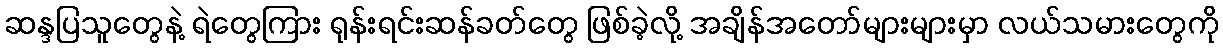
ဆန္ဒပြသူတွေနဲ့ ရဲတွေကြား ရုန်းရင်းဆန်ခတ်တွေ ဖြစ်ခဲ့လို့ အချိန်အတော်များများမှာ လယ်သမားတွေကို